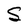
Character: S